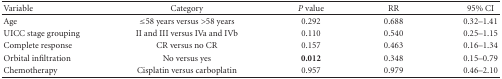
| Variable | Category | P value | RR | 95% CI |
 | --- | --- | --- | --- | --- |
 | Age | ≤58 years versus >58 years | 0.292 | 0.688 | 0.32–1.41 |
 | UICC stage grouping | II and III versus IVa and IVb | 0.110 | 0.540 | 0.25–1.15 |
 | Complete response | CR versus no CR | 0.157 | 0.463 | 0.16–1.34 |
 | Orbital infiltration | No versus yes | 0.012 | 0.348 | 0.15–0.79 |
 | Chemotherapy | Cisplatin versus carboplatin | 0.957 | 0.979 | 0.46–2.10 |